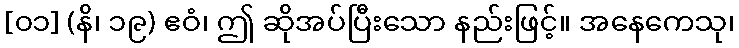
[၀၁] (နိ၊ ၁၉) ဧဝံ၊ ဤ ဆိုအပ်ပြီးသော နည်းဖြင့်။ အနေကေသု၊